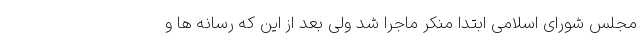
مجلس شورای اسلامی ابتدا منکر ماجرا شد ولی بعد از این که رسانه ها و